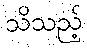
သိသည့်